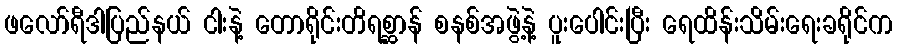
ဖလော်ရီဒါပြည်နယ် ငါးနဲ့ တောရိုင်းတိရစ္ဆာန် စနစ်အဖွဲ့နဲ့ ပူးပေါင်းပြီး ရေထိန်းသိမ်းရေးခရိုင်က